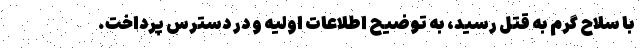
با سلاح گرم به قتل رسید، به توضیح اطلاعات اولیه و در دسترس پرداخت.